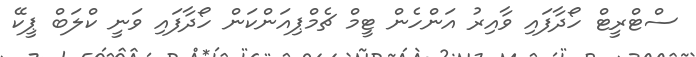
ސްޓްރީޓް ހޯދާފައި ވާއިރު އަންހެން ޓީމް ޗެމްޕިއަންކަން ހޯދާފައި ވަނީ ކްލަބް ޕީކޭ